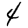
Digit: 4